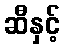
ဆီနှင့်